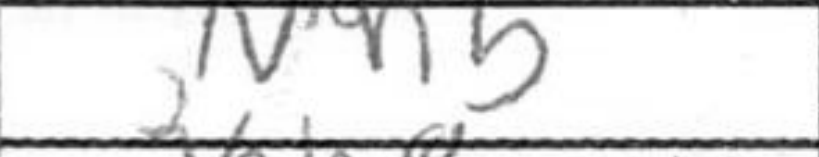
Transcription: Nh5